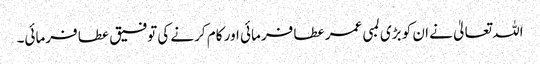
اللہ تعالیٰ نے ان کو بڑی لمبی عمر عطا فرمائی اور کام کرنے کی توفیق عطا فرمائی۔